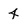
Character: 4